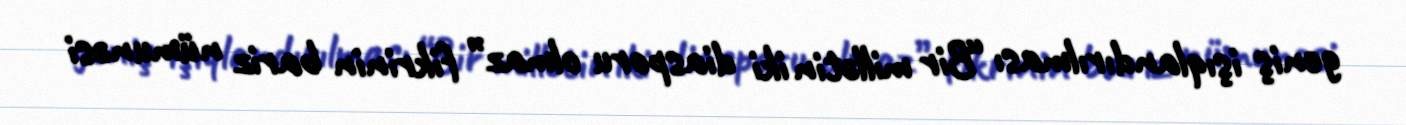
geniş işıqlandırılması “Bir millətin iki diasporu olmaz” fikrinin bariz nümunəsi